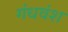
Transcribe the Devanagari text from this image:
गंधवंश